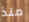
منذ